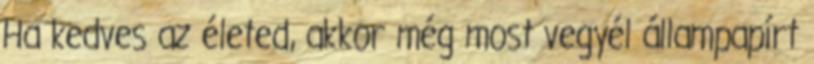
Ha kedves az életed, akkor még most vegyél állampapírt